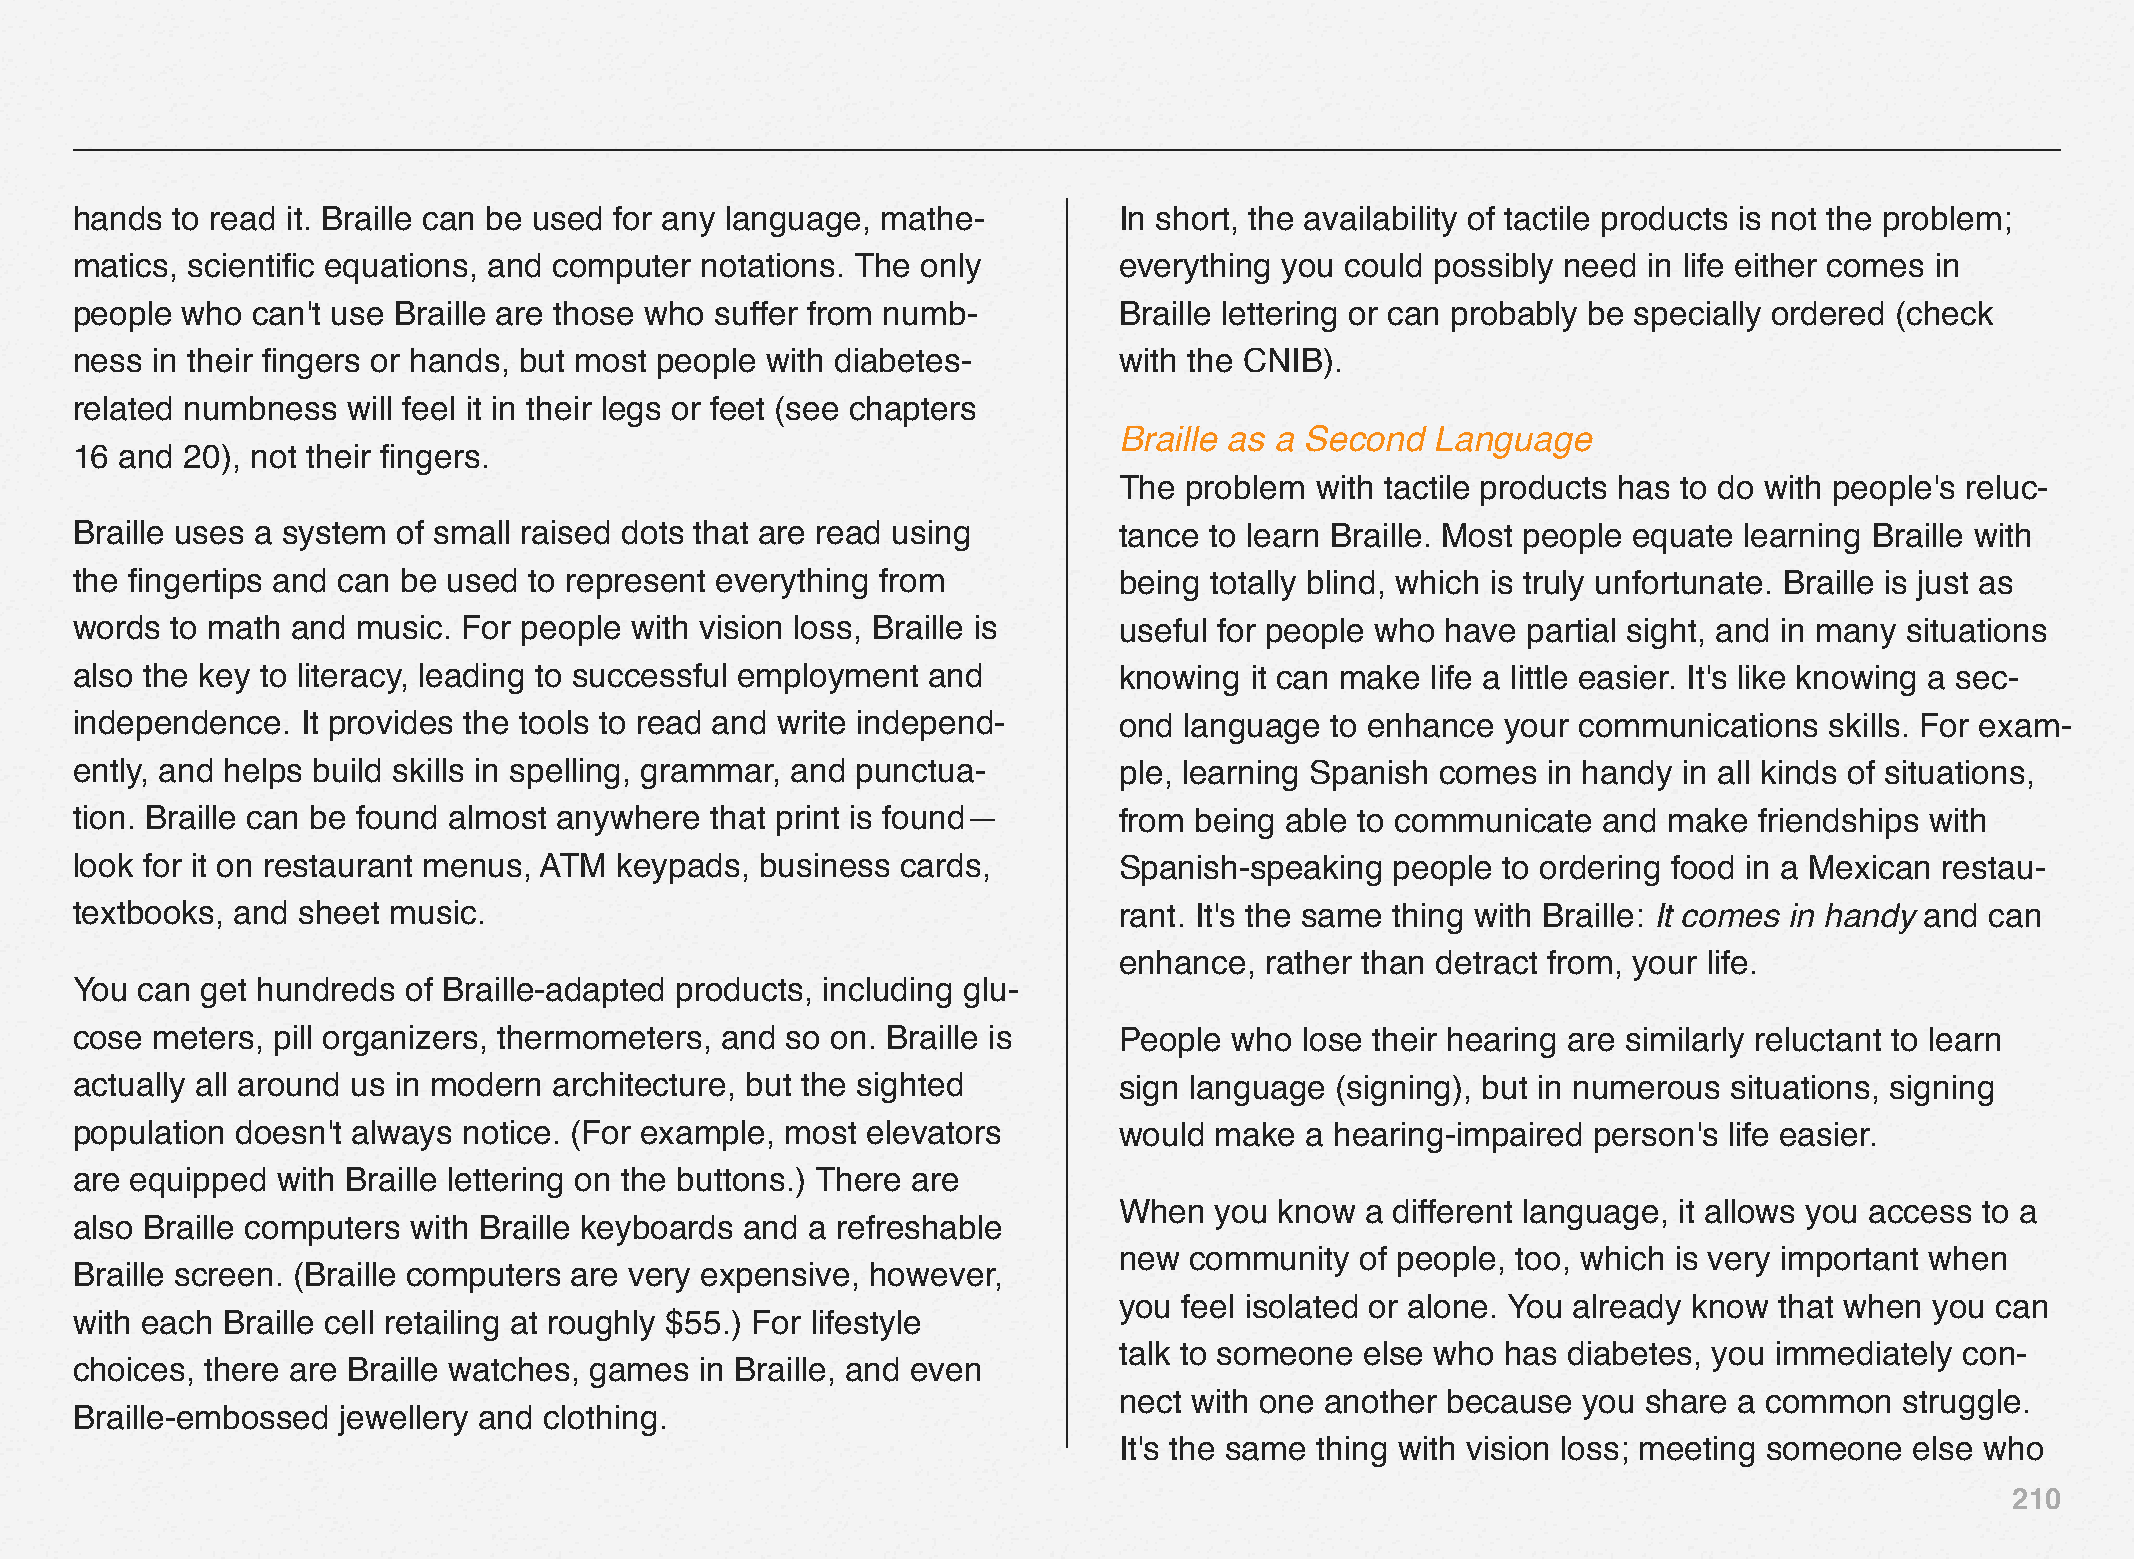
hands to read it. Braille can be used for any language, mathe-       In short, the availability of tactile products is not the problem;
 matics, scientific equations, and computer notations. The only       everything you could possibly need in life either comes in
 people who  can't use Braille are those who suffer from numb-        Braille lettering or can probably be specially ordered (check
 ness in their fingers or hands, but most people with diabetes-       with the CNIB).
 related numbness  will feel it in their legs or feet (see chapters
 Braille as a Second  Language
 16 and 20), not their fingers.
 The problem  with tactile products has to do with people's reluc-
 Braille uses a system of small raised dots that are read using       tance to learn Braille. Most people equate learning Braille with
 the fingertips and can be used to represent everything from          being totally blind, which is truly unfortunate. Braille is just as
 words to math and  music. For people with vision loss, Braille is    useful for people who have partial sight, and in many situations
 also the key to literacy, leading to successful employment and       knowing  it can make life a little easier. It's like knowing a sec-
 independence.  It provides the tools to read and write independ-     ond language  to enhance  your communications  skills. For exam-
 ently, and helps build skills in spelling, grammar, and punctua-     ple, learning Spanish comes in handy in all kinds of situations,
 tion. Braille can be found almost anywhere that print is found—      from being able to communicate  and make  friendships with
 look for it on restaurant menus, ATM keypads, business cards,        Spanish-speaking  people to ordering food in a Mexican restau-
 textbooks, and sheet music.                                          rant. It's the same thing with Braille: It comes in handy and can
 enhance,  rather than detract from, your life.
 You can get hundreds  of Braille-adapted products, including glu-
 cose meters, pill organizers, thermometers, and so on. Braille is    People  who lose their hearing are similarly reluctant to learn
 actually all around us in modern architecture, but the sighted       sign language (signing), but in numerous situations, signing
 population doesn't always notice. (For example, most elevators       would make  a hearing-impaired person's life easier.
 are equipped with Braille lettering on the buttons.) There are
 When  you  know a different language, it allows you access to a
 also Braille computers with Braille keyboards and a refreshable
 new  community  of people, too, which is very important when
 Braille screen. (Braille computers are very expensive, however,
 you feel isolated or alone. You already know that when you can
 with each Braille cell retailing at roughly $55.) For lifestyle
 talk to someone else who  has diabetes, you immediately con-
 choices, there are Braille watches, games in Braille, and even
 nect with one another because  you share a common   struggle.
 Braille-embossed jewellery and clothing.
 It's the same thing with vision loss; meeting someone else who
 210